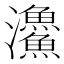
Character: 𩼪